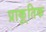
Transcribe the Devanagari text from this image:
प्राकृ्तिक